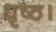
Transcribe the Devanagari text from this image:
धृष्ठ।